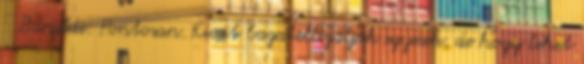
Bariildi: Pontosan. Kicsit bagatellizálják egyesek, de hogy lehet